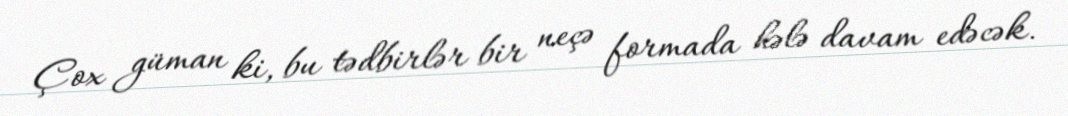
Çox güman ki, bu tədbirlər bir neçə formada hələ davam edəcək.